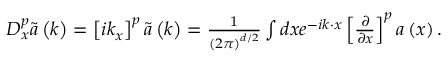
\begin{array} { r } { D _ { x } ^ { p } \tilde { \boldsymbol { a } } \left( \boldsymbol { k } \right) = \left[ i k _ { x } \right] ^ { p } \tilde { \boldsymbol { a } } \left( \boldsymbol { k } \right) = \frac { 1 } { \left( 2 \pi \right) ^ { d / 2 } } \int d \boldsymbol { x } e ^ { - i \boldsymbol { k } \cdot \boldsymbol { x } } \left[ \frac { \partial } { \partial x } \right] ^ { p } \boldsymbol { a } \left( \boldsymbol { x } \right) . } \end{array}